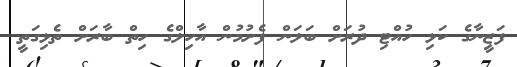
ފަޒީނާގެ ކަޅި ހުއްޓި ދުރަށް ބަލަން ފެށުމުން އާހިލްގެ ހިތް ބާރަށް ތެޅިގަތީ